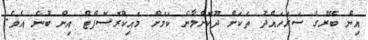
އިން ބޭރުގެ ސަރަހައްދު ތަކަށް ދޫކޮށްލާނެ ކަމަށް މައިކްރޮސޮފްޓް އިން ބުނެ އެވެ.